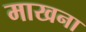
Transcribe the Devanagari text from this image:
माखना